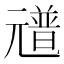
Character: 𠒻